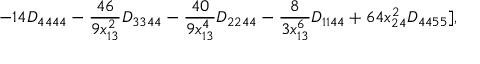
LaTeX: - 1 4 D _ { 4 4 4 4 } - \frac { 4 6 } { 9 x _ { 1 3 } ^ { 2 } } D _ { 3 3 4 4 } - \frac { 4 0 } { 9 x _ { 1 3 } ^ { 4 } } D _ { 2 2 4 4 } - \frac { 8 } { 3 x _ { 1 3 } ^ { 6 } } D _ { 1 1 4 4 } + 6 4 x _ { 2 4 } ^ { 2 } D _ { 4 4 5 5 } ] ,